Report on sanitation, dispensaries, and jails in Rajputana for 1911, and on vaccination for the year 1911-1912 - 1911-1912
Year: 1911
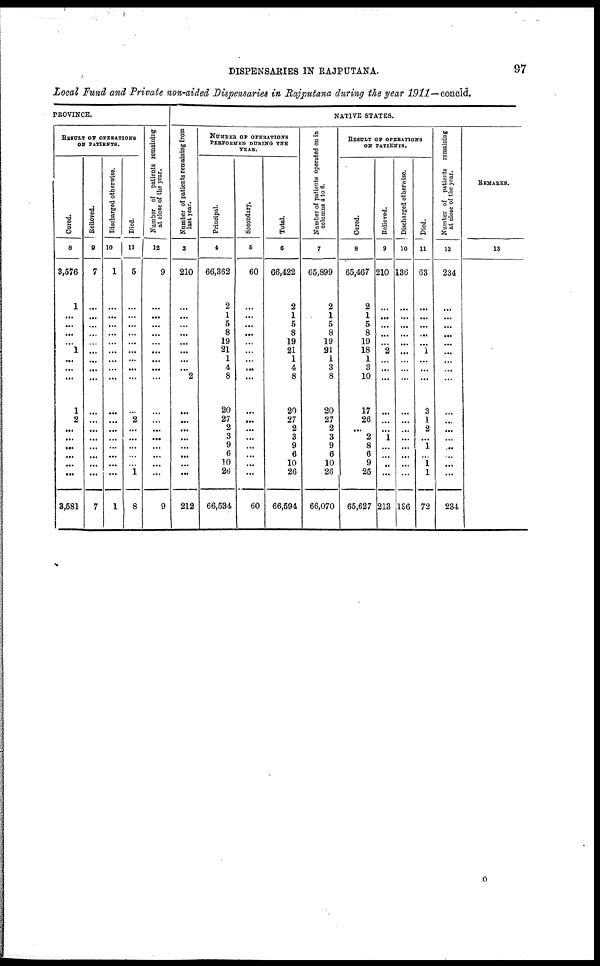
DISPENSARIES IN RAJPUTANA.
97
Local Fund and Private non-aided Dispensaries in Rajputana during the year 1911—concld.
PROVINCE.
RESULT OF OPERATIONS
ON PATIENTS.
Cured.
8
3,576
1
...
...
...
...
1
...
...
...
1
2
...
...
...
...
...
...
3,581
Relieved.
9
7
...
...
...
...
...
...
...
...
...
...
...
...
...
...
...
...
...
7
Discharged otherwise.
10
1
...
...
...
...
...
...
...
...
...
...
...
...
...
...
...
...
...
1
Died.
11
5
...
...
...
...
...
...
...
...
...
...
2
...
...
...
...
...
1
8
Number of patients remaining
at close of the year.
12
9
...
...
...
...
...
...
...
...
...
...
...
...
...
...
...
...
...
9
NATIVE STATES.
Number of patients remaining from
last year.
3
210
...
...
...
...
...
...
...
...
2
...
...
...
...
...
...
...
...
212
NUMBER OF OPERATIONS
PERFORMED DURING THE
YEAR.
Principal.
4
66,362
2
1
5
8
19
21
1
4
8
20
27
2
3
9
6
10
26
66,534
Secondary.
5
60
...
...
...
...
...
...
...
...
...
...
...
...
...
...
...
...
...
60
Total.
6
66,422
2
1
5
8
19
21
1
4
8
20
27
2
3
9
6
10
26
66,594
Number of patients operated on in
columns 4 to 6.
7
65,899
2
1
5
8
19
21
1
3
8
20
27
2
3
9
6
10
26
66,070
RESULT OF OPERATIONS
ON PATIENTS.
Cured.
8
65,467
2
1
5
8
19
18
1
3
10
17
26
...
2
8
6
9
25
65,627
Relieved.
9
210
...
...
...
...
...
2
...
...
...
...
...
...
1
...
...
..
...
213
Discharged otherwise
10
136
...
...
...
...
...
...
...
...
...
...
...
...
...
...
...
...
...
136
Died.
11
63
...
...
...
...
...
1
...
...
...
3
1
2
...
1
...
1
1
72
Number of patients remaining
at close of the year.
12
234
...
...
...
...
...
...
...
...
...
...
...
...
...
..
...
...
...
234
REMARKS.
13